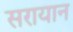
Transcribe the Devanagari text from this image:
सरायान